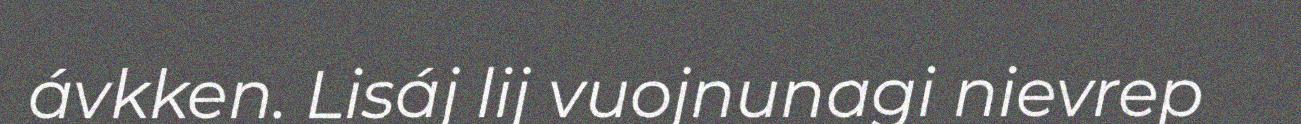
ávkken. Lisáj lij vuojnunagi nievrep